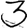
Digit: 3